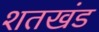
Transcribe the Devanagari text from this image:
शतखंड